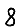
Digit: 8